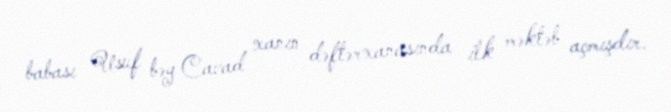
babası Usuf bəy Cavad xanın dəftərxanasında ilk məktəb açmışdır.